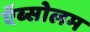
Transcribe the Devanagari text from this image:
ऍब्सोलम